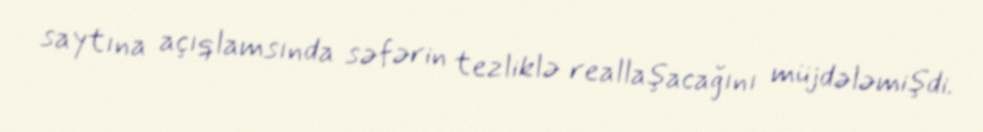
saytına açıqlamsında səfərin tezliklə reallaşacağını müjdələmişdi.